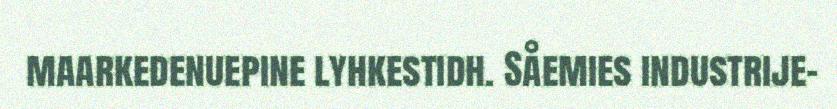
maarkedenuepine lyhkestidh. Såemies industrije-